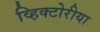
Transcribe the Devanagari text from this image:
व्हिक्टोरीया